Civil Veterinary Department Bihar reports 1936-40 - 1936-1940
Year: 1936
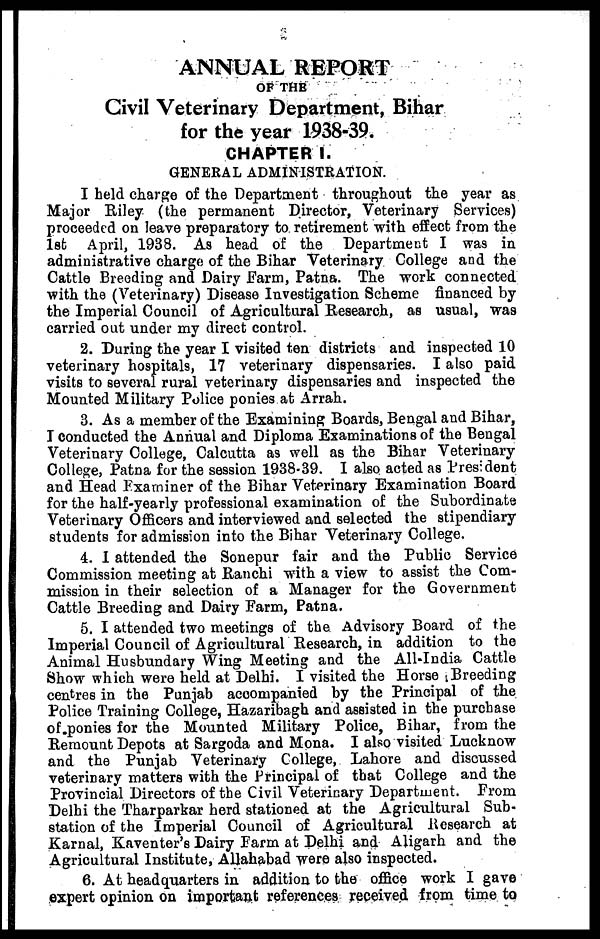
ANNUAL REPORT
OF THE
Civil Veterinary Department, Bihar
for the year 1938-39.
CHAPTER I.
GENERAL ADMINISTRATION.
I held charge of the Department throughout the year as
Major Riley (the permanent Director, Veterinary Services)
proceeded on leave preparatory to retirement with effect from the
1st April, 1938. As head of the Department I wa9 in
administrative charge of the Bihar Veterinary College and the
Cattle Breeding and Dairy Farm, Patna. The work connected
with the (Veterinary) Disease Investigation Scheme financed by
the Imperial Council of Agricultural Research, as usual, was
carried out under my direct control.
2. During the year I visited ten districts and inspected 10
veterinary hospitals, 17 veterinary dispensaries. I also paid
visits to several rural veterinary dispensaries and inspected the
Mounted Military Police ponies at Arrah.
3. As a member of the Examining Boards, Bengal and Bihar,
I conducted the Annual and Diploma Examinations of the Bengal
Veterinary College, Calcutta as well as the Bihar Veterinary
College, Patna for the session 1938-39. I also acted as President
and Head Examiner of the Bihar Veterinary Examination Board
for the half-yearly professional examination of the Subordinate
Veterinary Officers and interviewed and selected the stipendiary
students for admission into the Bihar Veterinary College.
4. I attended the Sonepur fair and the Public Service
Commission meeting at Ranchi with a view to assist the Com-
mission in their selection of a Manager for the Government
Cattle Breeding and Dairy Farm, Patna.
5. I attended two meetings of the Advisory Board of the
Imperial Council of Agricultural Research, in addition to the
Animal Husbundary Wing Meeting and the All-India Cattle
Show which were held at Delhi. I visited the Horse Breeding
centres in the Punjab accompanied by the Principal of the
Police Training College, Hazaribagh and assisted in the purchase
of ponies for the Mounted Military Police, Bihar, from the
Remount Depots at Sargoda and Mona. I also visited Lucknow
and the Punjab Veterinary College, Lahore and discussed
veterinary matters with the Principal of that College and the
Provincial Directors of the Civil Veterinary Department. From
Delhi the Tharparkar herd stationed at the Agricultural Sub-
station of the Imperial Council of Agricultural Research at
Karnal, Kaventer's Dairy Farm at Delhi and Aligarh and the
Agricultural Institute, Allahabad were also inspected.
6. At headquarters in addition to the office work I gave
expert opinion on important references received from time to